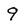
Character: 9